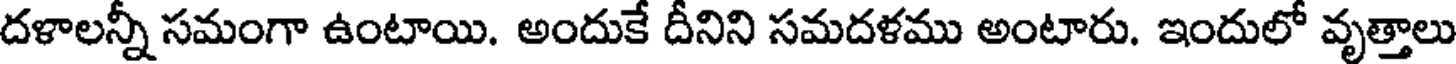
దళాలన్నీ సమంగా ఉంటాయి. అందుకే దీనిని సమదళము అంటారు. ఇందులో వృత్తాలు